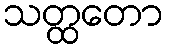
သတ္ထတော